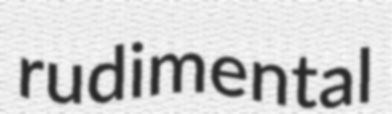
rudimental